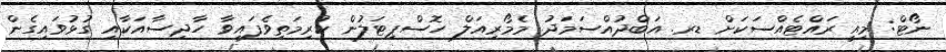
ނޯޓް: މިއީ ރައްޓެއްސަކަށް ޑރ. އަބްދުއްސަމަދު މެމޯރިއަލް ހޮސްޕިޓަލުން ކުރިމަތިވެފައިވާ ހާދިސާއަކާއި ގުޅުވައިގެން